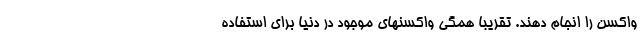
واکسن را انجام دهند. تقریبا همگی واکسنهای موجود در دنیا برای استفاده